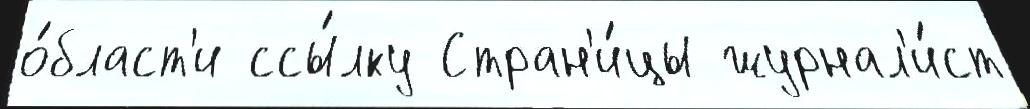
о́бласт'и ссы́лку Стран'и́цы журнал'и́ст